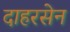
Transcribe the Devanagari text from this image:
दाहरसेन